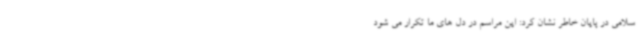
سلامی در پایان خاطر نشان کرد: این مراسم در دل های ما تکرار می شود